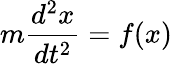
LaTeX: m\frac{d^{2}x}{dt^{2}}=f(x)